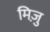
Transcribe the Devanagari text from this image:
मिज़ु